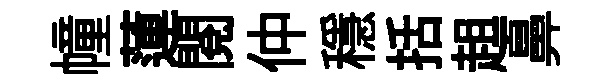
幢蓮閲仲穩括趄鼻